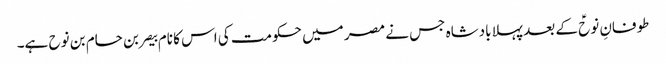
طوفانِ نوحؑ کے بعد پہلا بادشاہ جس نے مصر میں حکومت کی اس کا نام بیصر بن حام بن نوح ہے۔